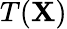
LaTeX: T(\mathbf{X})